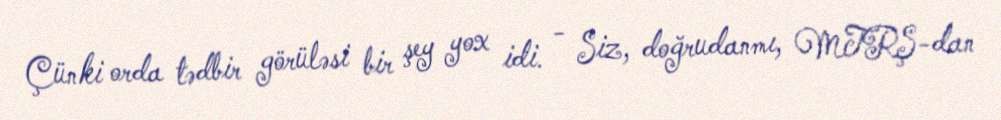
Çünki orda tədbir görüləsi bir şey yox idi. - Siz, doğrudanmı, MTRŞ-dan